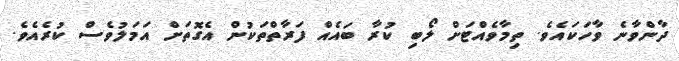
ދާންވާނެ ވާހަކައެވެ. ތިމާވެއްޓަށް ލޯބި ކުރާ ބައެއް ފަރާތްތަކުން އެގޮތަށް އަމަލުވެސް ކުރެއެވެ.